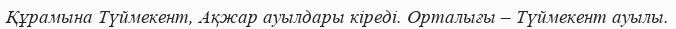
Құрамына Түймекент, Ақжар ауылдары кіреді. Орталығы – Түймекент ауылы.